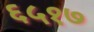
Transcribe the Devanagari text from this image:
६५१७